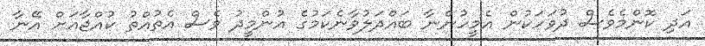
އަދި ކޮންމެވެސް ދުވަހަކުން އެމީހުންނާ ބައްދަލުވާނެކަމުގެ އުންމީދު ވެސް އެތުއްތު ކުއްޖާއަށް އޭނާ